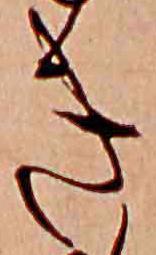
き